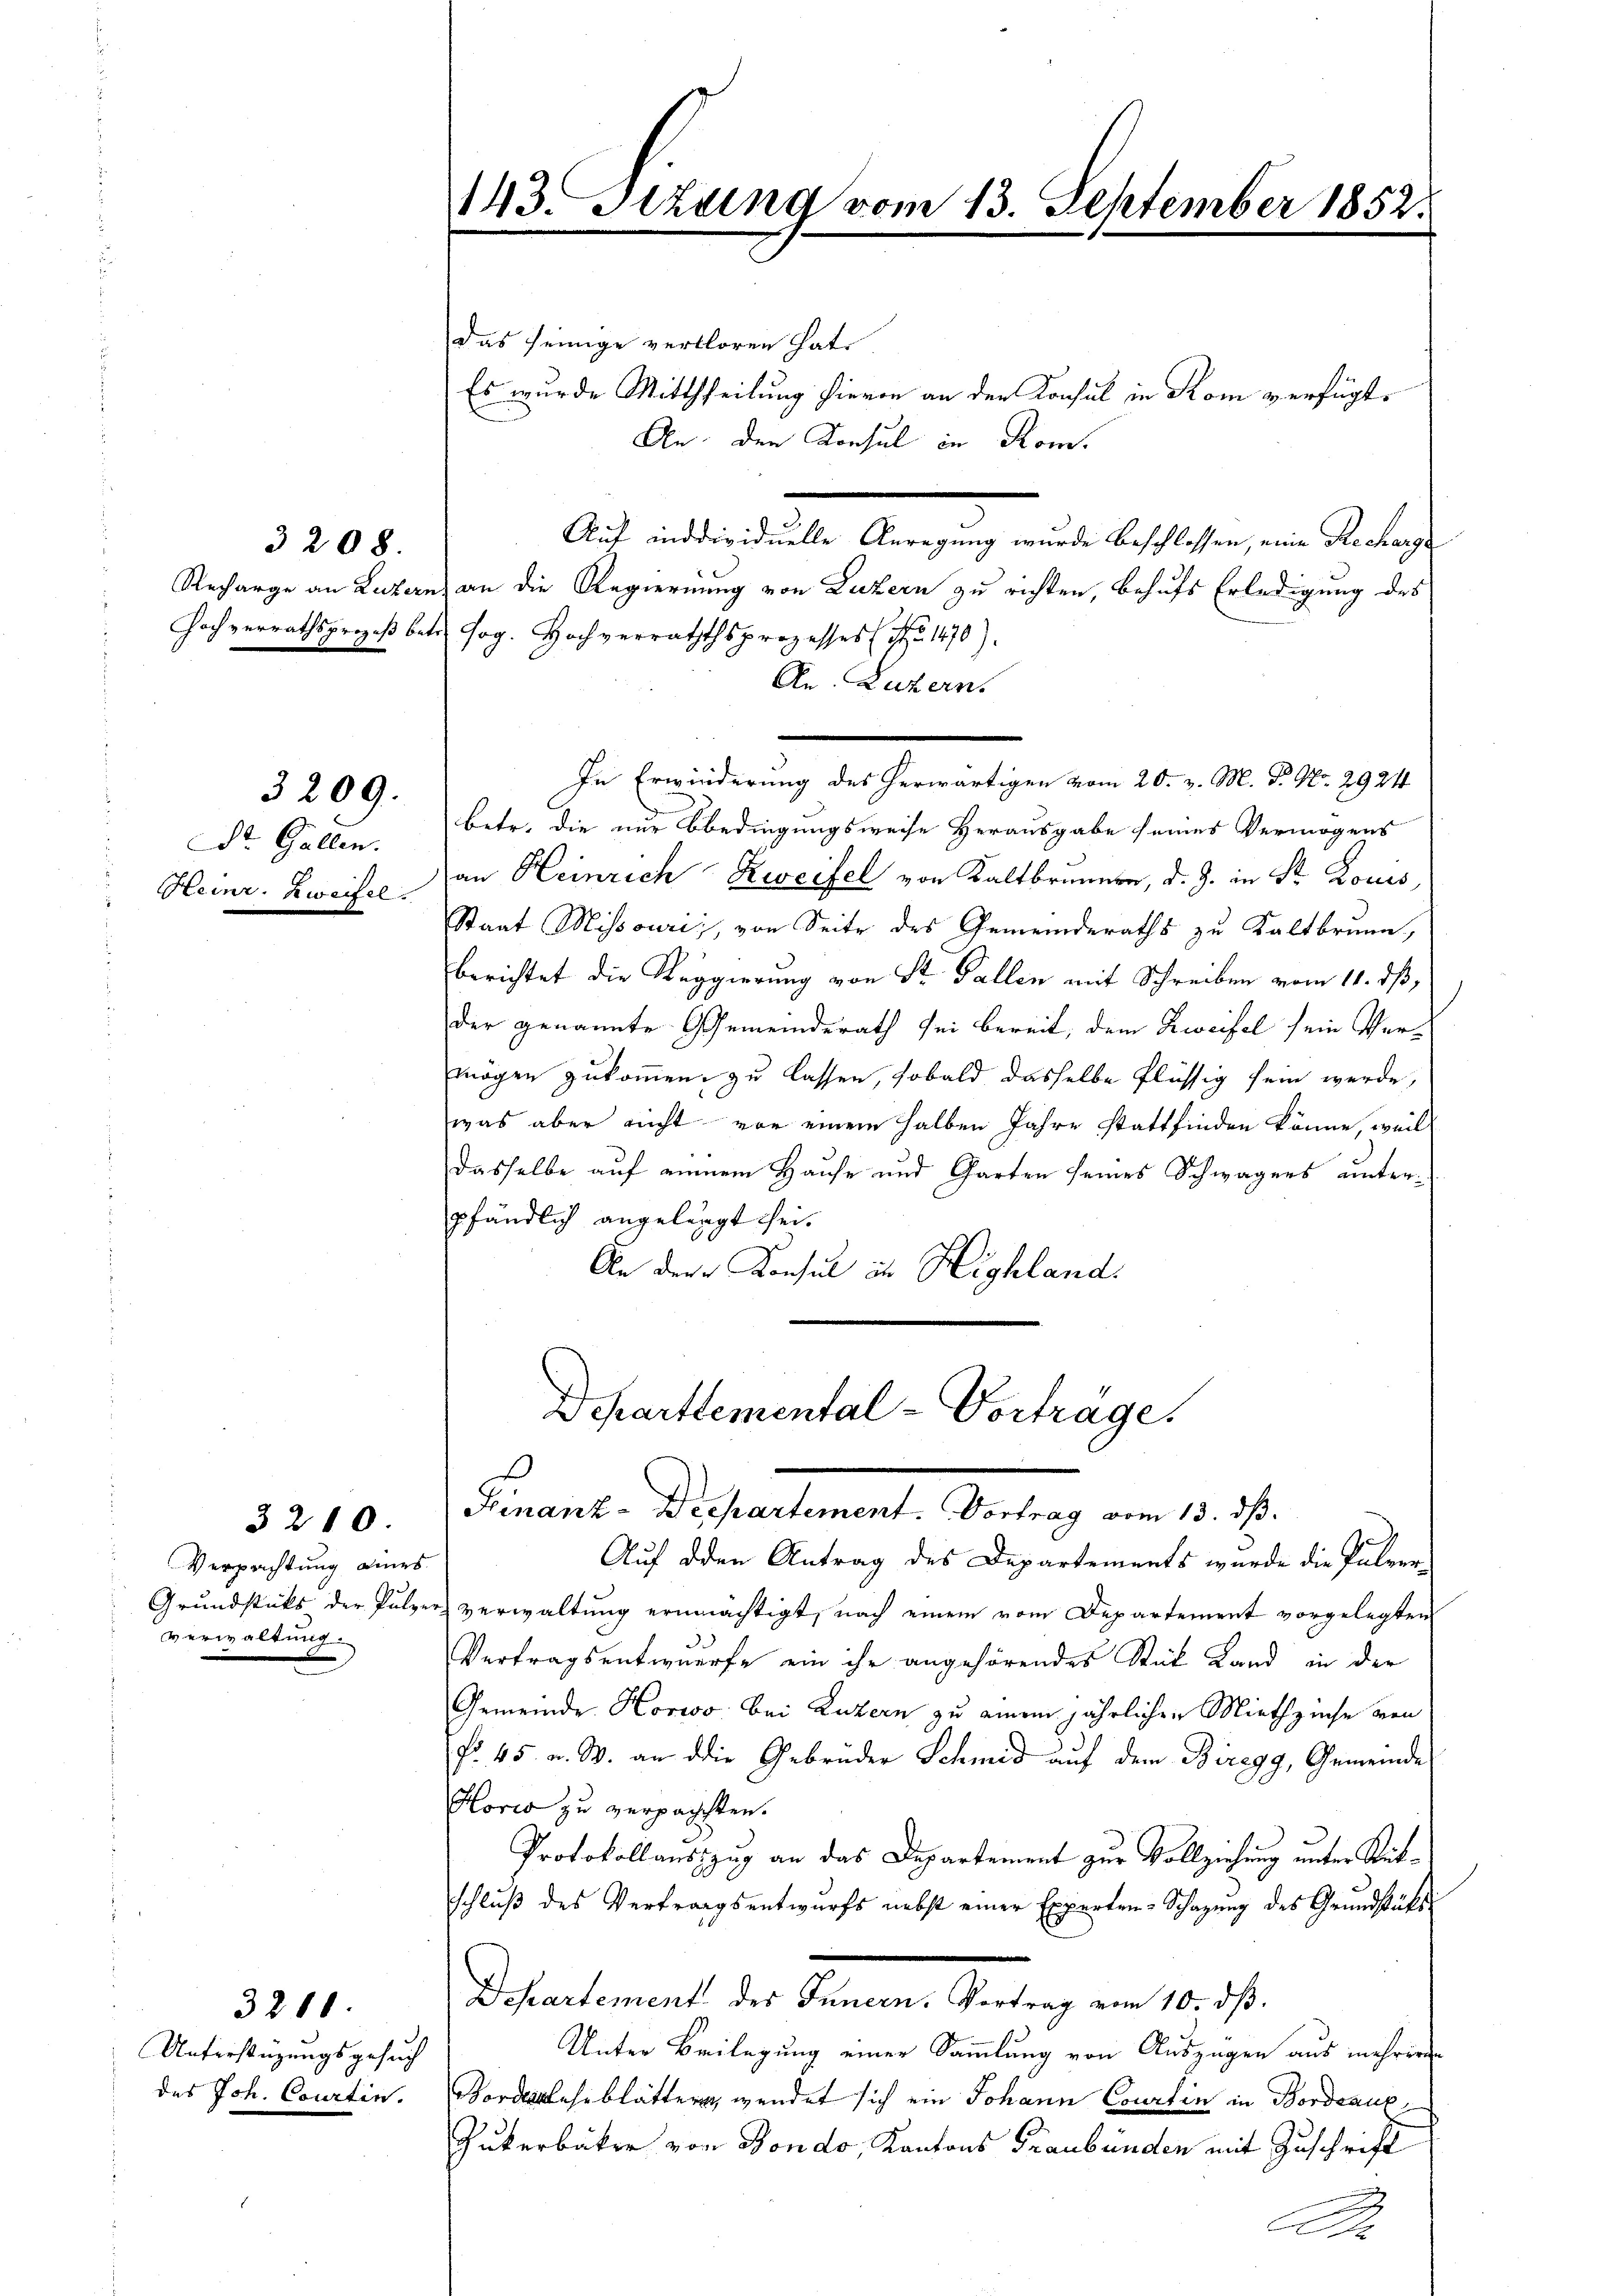
3208.

3209.

Dr. Gallen.
Heinr. Zweifel.

Verpachtung eines
verwaltung.

3211.

3210

Unterstüzungsgesuch
des Joh. Courtin.

143. Sitzung vom 13. September 1852.

Das seinige verloren hat.
Es wurde Mittheilung hievon an der Konsul in Rom verfügt,
An den Konsul in Kom-
Auf individuelle Anregung wurde beschlossen, eine Recharge
Recharge an Luzern, an die Regierung von Luzern zu richten, behufs Erledigung des
Hochverrathsprozeβ betr. sog. Hochverraththsprozesses No 1470).
An. Luzern.
In Erwinderung des herwärtigen vom 20. v. M. P. No. 2924
betr. die nur bedingungsweise Herausgabe seines Vermögens
an Heinrich Zweifel von Kaltbrunnen, d. J. in St. Louis,
Staat Missourii, von Seite des Gemeinderaths zu Kaltbrunn,
berichtet die Reggierung von St. Gallen mit Schreiben vom 11. dß,
der genannte Gemeinderath sei bereit, dem Zweifel sein Vermögen zukommen, zu lassen, sobald dasselbe flüssig sein werde,
was aber nicht von einem halben Jahre stattfinden könne, weil
dasselbe auf einem Hause und Garten seines Schwagers unterpfändlich angelegt sei.
An der Konsul in Highland:
Departtemental-Vortrage.

Finanz-Drepartement. Vortrag vom 13. dß.

Auf den Antrag des Departements wurde die Palver-
Grundstücks der Pulzer verwaltung ernmächtigt, nach einem vom Departement vorgelegten
Vertragsentwurfe ein ihr angehörendes Stück Land in der
Gemeinde Horwo: bei Luzern zu einem jährlichen Miethziehe von
No. 45. a. W. an die Gebrüder Schmid auf dem Biregg, Gemeinde
Porio zu verpachten.
Protokollauszzug an das Departement zur Vollziehung unter Rückschluß des Vertragsentwurfs nebst einer Experten-Schazung des Grundstücks
Dchartement des Innern. Vortrag vom 10. dβ.
Unter Beilegung einer Sammlung von Auszügen aus mehreren
Bordankesblätter, wendet sich ein Johann Courtin in Bordeaux,
Gukerbäkre von Bondo, Kantons Graubünden mit Zuschrift
Se